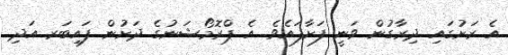
އެ ރަށުގައި ދިރާގުން ވަނީ ފަށާފައެވެ. އެ ޕްރޮމޯޝަނުގެ ދަށުން ފައިބަރ އަދި